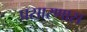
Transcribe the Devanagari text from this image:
प्रसारणास